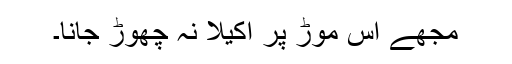
مجھے اس موڑ پر اکیلا نہ چھوڑ جانا۔